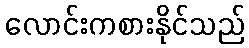
လောင်းကစားနိုင်သည်